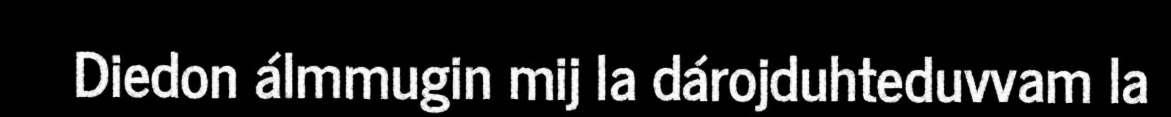
Diedon álmmugin mij la dárojduhteduvvam la